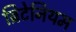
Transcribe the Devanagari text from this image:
ब्रिटेनियम